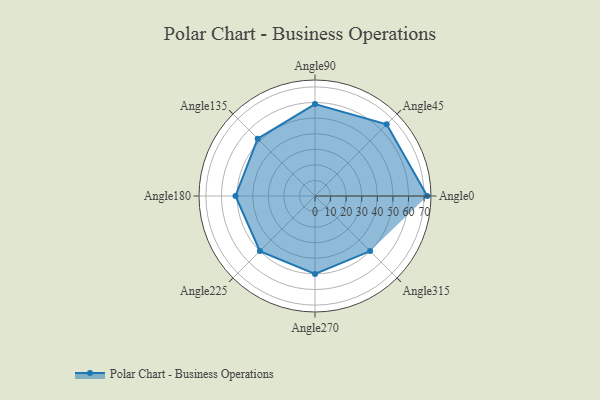
{"axis": {"x": "Angle", "y": "Radius"}, "legend": [""], "data": [{"x": "Angle0", "y": 72.0, "type": ""}, {"x": "Angle45", "y": 65.0, "type": ""}, {"x": "Angle90", "y": 59.0, "type": ""}, {"x": "Angle135", "y": 52.0, "type": ""}, {"x": "Angle180", "y": 51.0, "type": ""}, {"x": "Angle225", "y": 50, "type": ""}, {"x": "Angle270", "y": 50, "type": ""}, {"x": "Angle315", "y": 50, "type": ""}]}